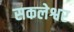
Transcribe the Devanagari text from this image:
सकलेश्वर